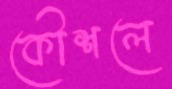
কৌশলে